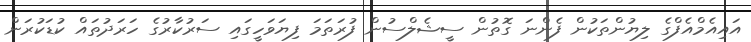
އައިއެމްއެފްގެ ލިޔުންތަކުން ފެންނަ ގޮތުން ސީޝެލްސުން ފުރަތަމަ ފިޔަވަހީގައި ސަރުކާރުގެ ހަރަދުތައް ކުޑަކުރަން